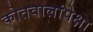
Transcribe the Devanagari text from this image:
कोतवालांपेक्षा